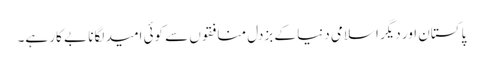
پاکستان اور دیگر اسلامی دنیا کے بزدل منافقوں سے کوئی امید لگانا بے کار ہے۔